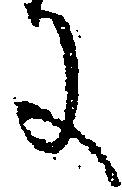
に